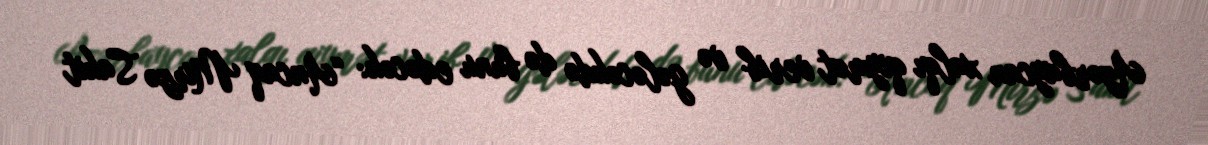
Azərbaycan xalqı qiymət verib və gələcəkdə də bunu edəcək: “Ancaq Mirzə Sakit